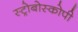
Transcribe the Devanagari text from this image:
स्ट्रोबोस्कोपी